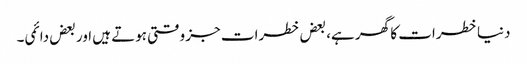
دنیا خطرات کا گھر ہے، بعض خطرات جز وقتی ہوتے ہیں اور بعض دائمی۔